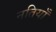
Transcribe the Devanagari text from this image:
नतियाँ